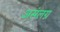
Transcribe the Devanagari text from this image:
असंलग्न